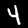
Digit: 4